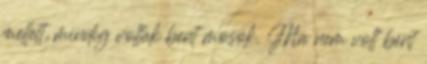
mellett, mindig voltak bent mosók. Ma nem volt bent